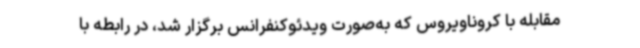
مقابله با کروناویروس که به‌صورت ویدئوکنفرانس برگزار شد، در رابطه با